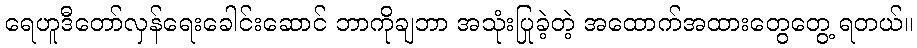
ရေဟူဒီတော်လှန်ရေးခေါင်းဆောင် ဘာကိုချဘာ အသုံးပြုခဲ့တဲ့ အထောက်အထားတွေတွေ့ ရတယ်။